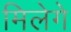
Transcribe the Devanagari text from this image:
मिलेगे